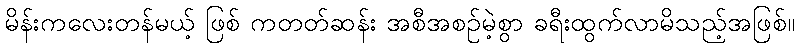
မိန်းကလေးတန်မယ့် ဖြစ် ကတတ်ဆန်း အစီအစဉ်မဲ့စွာ ခရီးထွက်လာမိသည့်အဖြစ်။